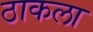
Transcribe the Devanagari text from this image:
ठाकला